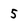
Character: 5